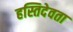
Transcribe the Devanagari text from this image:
हस्तिदेवता